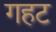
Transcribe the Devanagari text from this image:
गहट